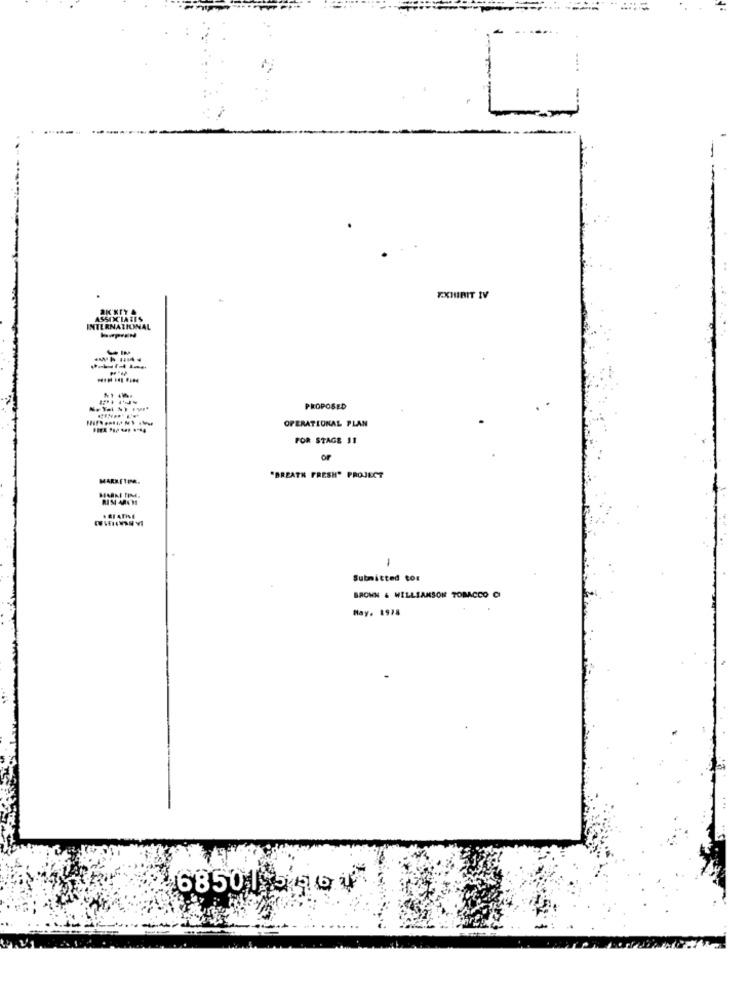
EXHIBIT IV
ASSOCIATES
INTERNATIONAL
PROPOSED
OPERATIONAL PLAN
FOR STAGE 11
of
MARRETIME.
"BREATH FRESH" PROJECT
RIM ARCHI
Submitted to:
BROWN & WILLIAMSON TOBACCO C
May. 1978
6850 1 586U